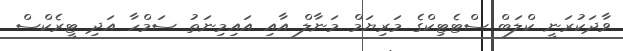
ވާދަކުރަނީ ކްލަބް ސްޓެޓިކްގެ މަރިޔަމް މަނާލް އާއި އައިމިނަތު ސަމްހާ އަދި ޓީރެކްސް